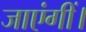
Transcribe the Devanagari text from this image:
जाएंगीं।